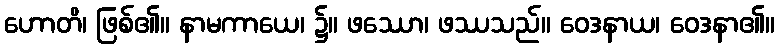
ဟောတိ၊ ဖြစ်၏။ နာမကာယေ၊ ၌။ ဖဿော၊ ဖဿသည်။ ဝေဒနာယ၊ ဝေဒနာ၏။